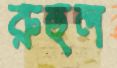
রুহুল